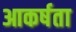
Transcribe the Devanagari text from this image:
आकर्षता